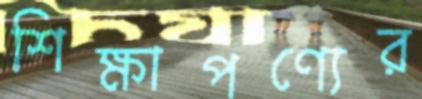
শিক্ষাপণ্যের